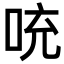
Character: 𪡁